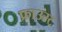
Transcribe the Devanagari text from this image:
फ्राउस्ट